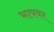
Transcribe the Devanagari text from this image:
भाषवर